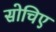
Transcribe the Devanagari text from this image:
सोचिए